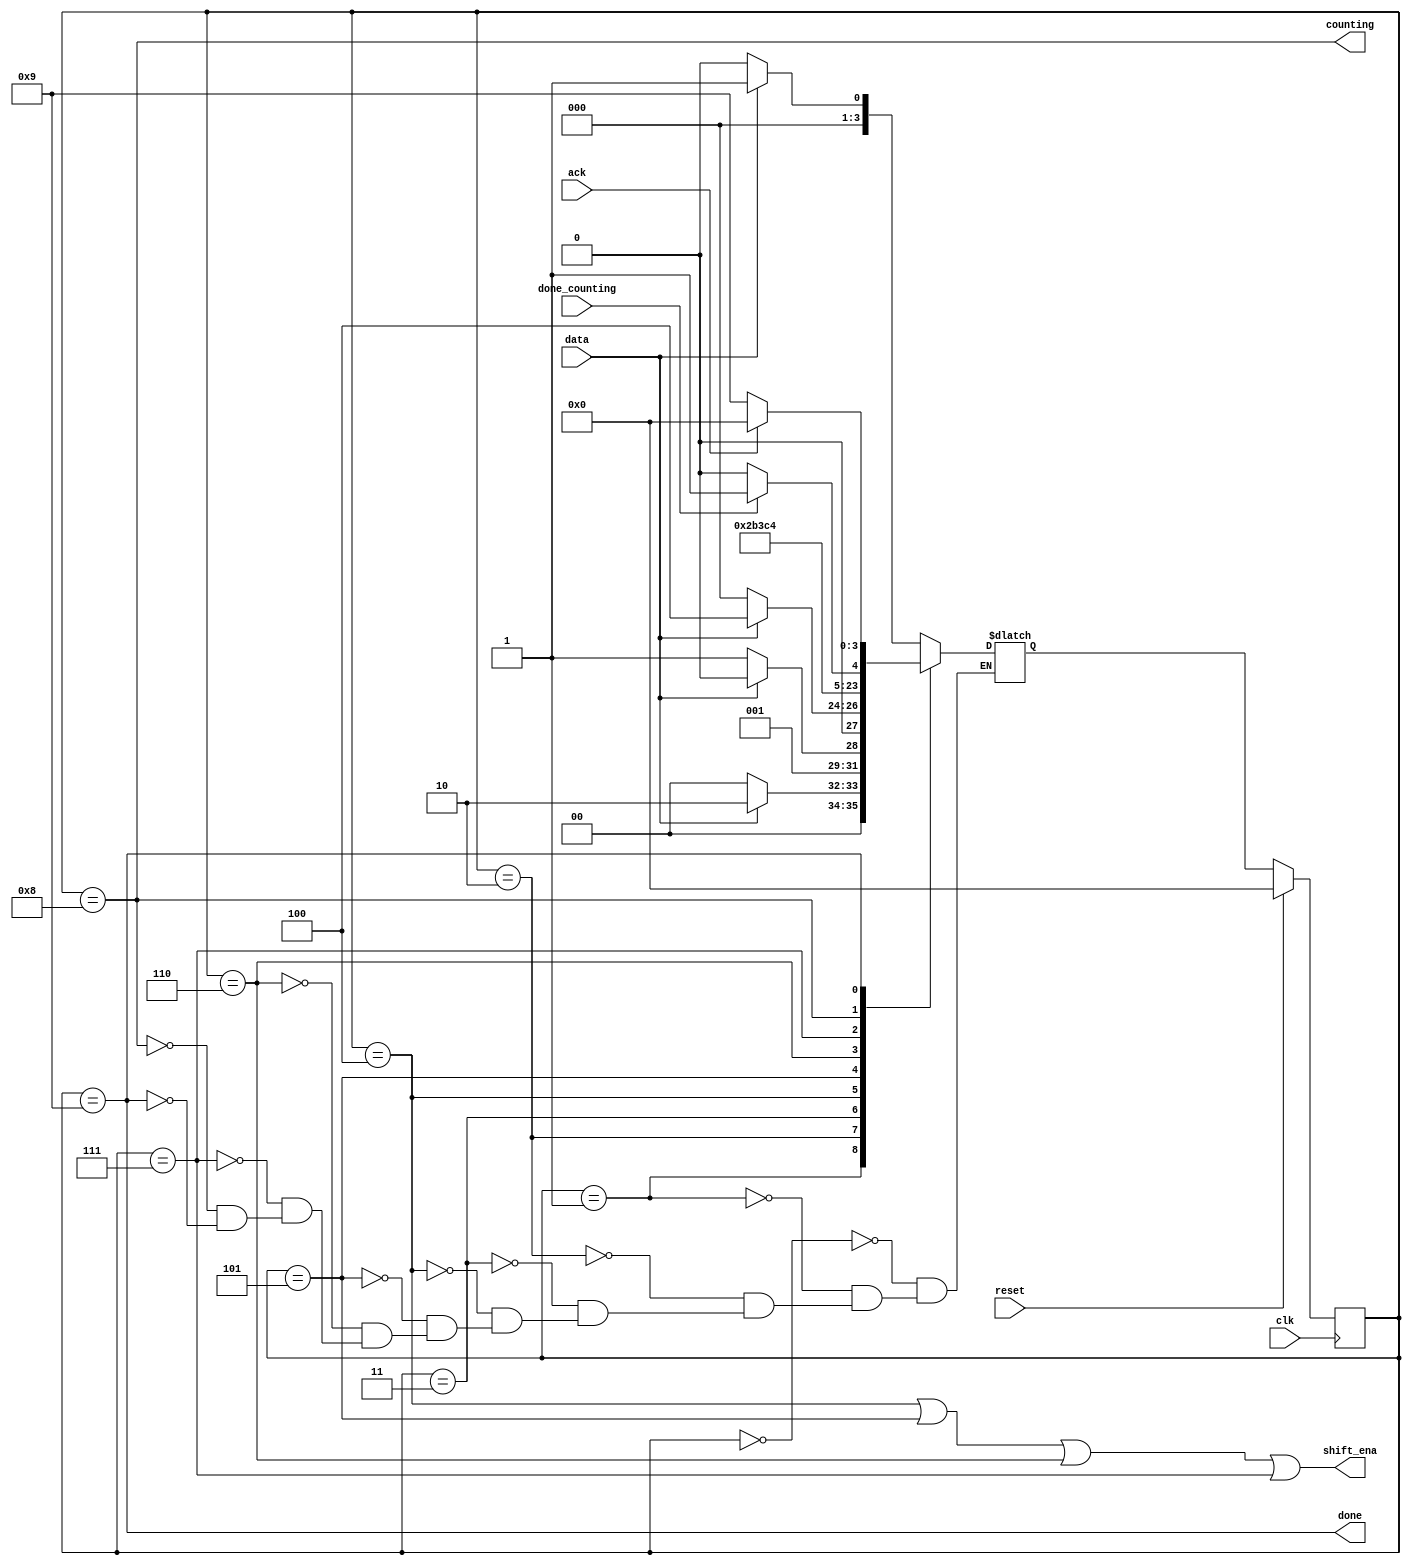
// This program was cloned from: https://github.com/Yvan-xy/verilog-doc
// License: GNU General Public License v2.0

module top_module (
    input clk,
    input reset,      // Synchronous reset
    input data,
    output shift_ena,
    output counting,
    input done_counting,
    output done,
    input ack );

    parameter idle=4'd0, s1=4'd1, s11=4'd2, s110=4'd3, b0=4'd4, b1=4'd5, b2=4'd6, b3=4'd7, count=4'd8, waiting=4'd9;
    reg [3:0]	state, next_state;
    
    always@(*) begin
        case(state)
            idle: begin
                if(data==1'b0)
                    next_state = idle;
                else
                    next_state = s1;
            end
            s1: begin
                if(data==1'b0)
                    next_state = idle;
                else
                    next_state = s11;
            end
            s11: begin
                if(data==1'b0)
                    next_state = s110;
                else
                    next_state = s11;
            end
            s110: begin
                if(data==1'b0)
                    next_state = idle;
                else
                    next_state = b0;
            end
            b0:		next_state = b1;
            b1:		next_state = b2;
            b2:		next_state = b3;
            b3:		next_state = count;
            count: begin
                if(done_counting)
                    next_state = waiting;
                else
                    next_state = count;
            end
            waiting: begin
                if(ack)
                    next_state = idle;
                else
                    next_state = waiting;
            end
        endcase
    end
    
    always@(posedge clk) begin
        if(reset)
            state <= idle;
        else
            state <= next_state;
    end
    
    assign	shift_ena = (state==b0 || state==b1|| state==b2 || state==b3);
    assign	counting = (state==count);
    assign	done = (state==waiting);
    
endmodule